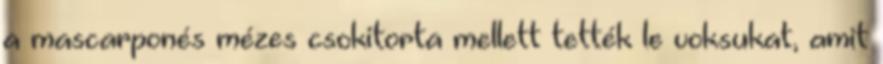
a mascarponés mézes csokitorta mellett tették le voksukat, amit